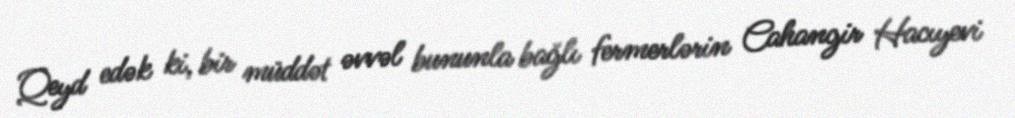
Qeyd edək ki, bir müddət əvvəl bununla bağlı fermerlərin Cahangir Hacıyevi